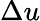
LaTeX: \Delta u